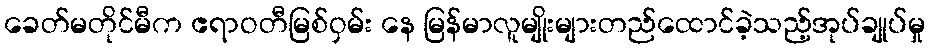
ခေတ်မတိုင်မီက ဧရာဝတီမြစ်ဝှမ်း နေ မြန်မာလူမျိုးများတည်ထောင်ခဲ့သည့်အုပ်ချုပ်မှု